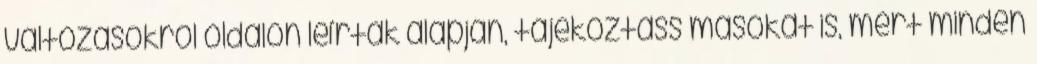
változásokról oldalon leírtak alapján, tájékoztass másokat is, mert minden